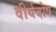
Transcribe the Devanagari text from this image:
वीर्यदोष